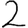
Digit: 2